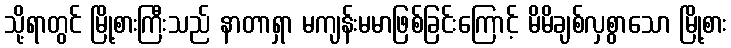
သို့ရာတွင် မြို့စားကြီးသည် နာတာရှာ မကျန်းမမာဖြစ်ခြင်းကြောင့် မိမိချစ်လှစွာသော မြို့စား